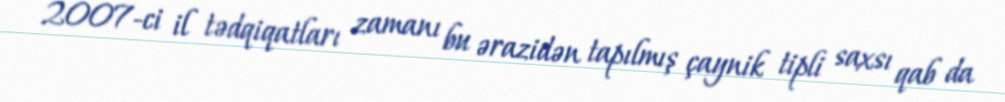
2007-ci il tədqiqatları zamanı bu ərazidən tapılmış çaynik tipli saxsı qab da